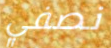
نصفي